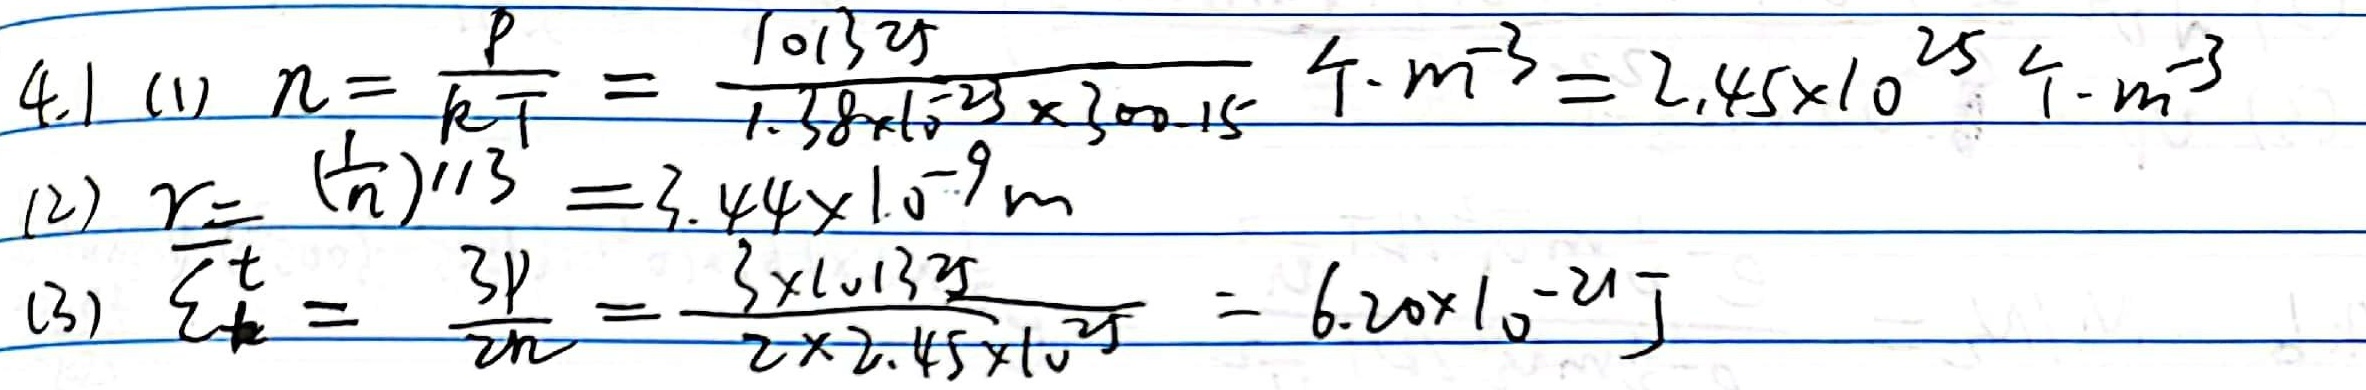
4.1
(1) \(n = \frac{p}{kT}=\frac{101325}{1.38\times10^{-23}\times300.15}\text{个}\cdot m^{-3}=2.45\times 10^{25}\text{个}\cdot m^{-3}\)
(2) \(r = (\frac{1}{n})^{1/3}=3.44\times 10^{-9}m\)
(3) \(\overline{\varepsilon_{k}^{t}}=\frac{3p}{2n}=\frac{3\times101325}{2\times2.45\times 10^{25}}= 6.20\times 10^{-21}J\)